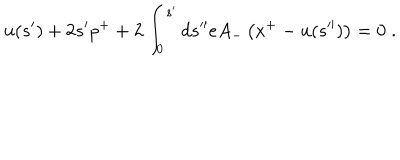
u ( s ^ { \prime } ) + 2 s ^ { \prime } p ^ { + } + 2 \int _ { 0 } ^ { s ^ { \prime } } d s ^ { \prime \prime } e A _ { - } \left( x ^ { + } - u ( s ^ { \prime \prime } ) \right) = 0 \; .